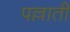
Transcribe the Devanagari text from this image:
पल्लाती